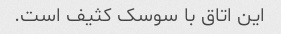
این اتاق با سوسک کثیف است.